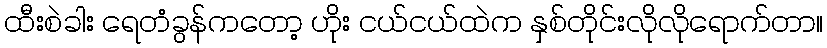
ထီးစဲခါး ရေတံခွန်ကတော့ ဟိုး ငယ်ငယ်ထဲက နှစ်တိုင်းလိုလိုရောက်တာ။